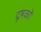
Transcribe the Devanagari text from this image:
दूषकों